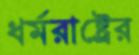
ধর্মরাষ্ট্রের